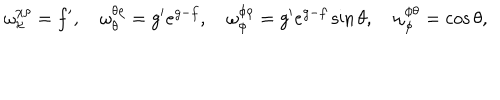
LaTeX: \omega _ { \chi } ^ { \chi \rho } = f ^ { \prime } , \quad \omega _ { \theta } ^ { \theta \rho } = g ^ { \prime } e ^ { g - f } , \quad \omega _ { \phi } ^ { \phi \rho } = g ^ { \prime } e ^ { g - f } \sin { \theta } , \quad \omega _ { \phi } ^ { \phi \theta } = \cos { \theta } ,